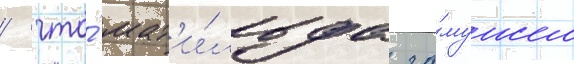
/ что́ мат'и́льда за́мужем